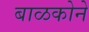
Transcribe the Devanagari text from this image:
बाळकोने